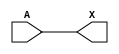
module sky130_fd_sc_hd__dlygate4sd2_1 (
    X,
    A
);
    output X;
    input  A;
    wire buf0_out_X;
    buf buf0 (buf0_out_X, A              );
    buf buf1 (X         , buf0_out_X     );
endmodule